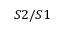
S 2 / S 1